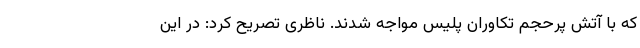
که با آتش پرحجم تکاوران پلیس مواجه شدند. ناظری تصریح کرد: در این